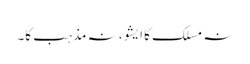
نہ مسلک کا ایشو، نہ مذہب کا۔